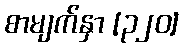
စာမျက်နှာ [၃၂၀]